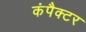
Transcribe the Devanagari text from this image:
कंपैक्टर